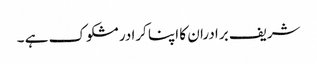
شریف برادران کا اپنا کرادر مشکوک ہے ۔